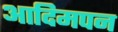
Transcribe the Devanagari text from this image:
आदिमपन